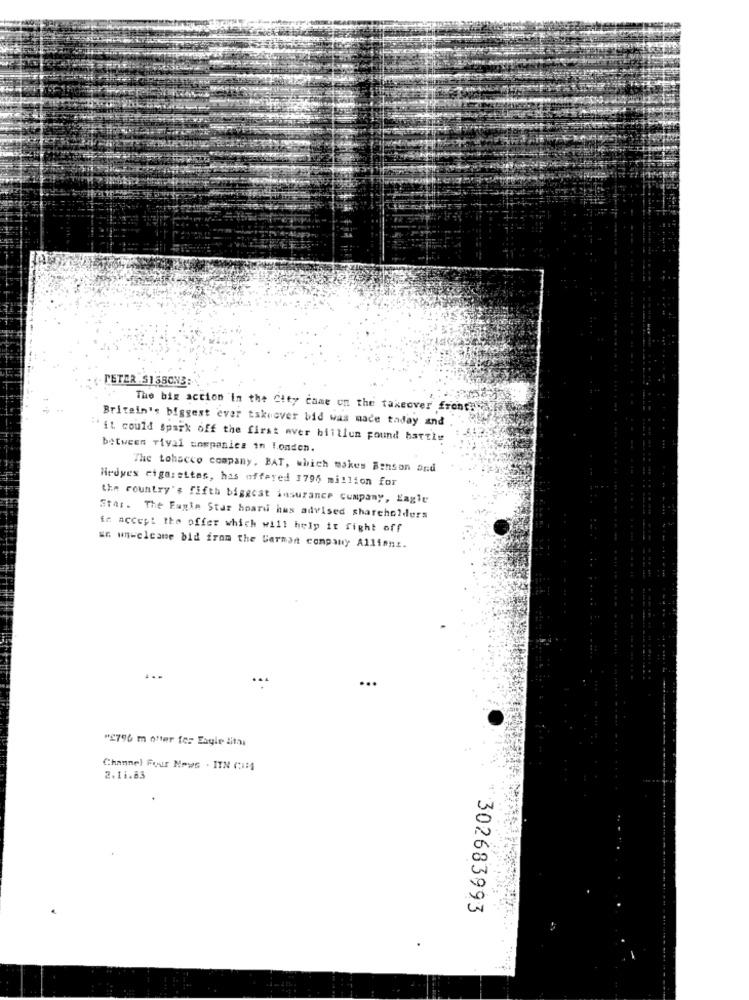
PETER $158ON3:
The big action in the City came on the takeover front3
Britain's biggest ever takeover bid was made taday and
it could Spark off the first aver biillun pound hartle
between riyal companies in london.
The tobacco company. BAT, which makes Binson and
Hedges cigarettes, has offered 1795 million for
the country's fifth biggest insurance company, Lagle
Star. The Eagle Star hoard hus advised shareholders
in accept the offer which will help it fight off
so wnwelcame bid from the German company Allianz.
"276 m offer for Eagle Sita
Channel Four Nous . ITN (114
2.11.83
302683993